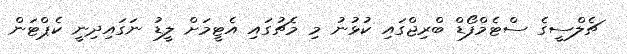
ޗެލްސީގެ ސްޓެމްފޯޑް ބްރިޖްގައި ކުޅުނު މި މެޗުގައި އެޓީމަށް ލީޑު ނަގައިދިނީ ކެޕްޓަން